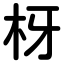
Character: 枒